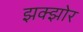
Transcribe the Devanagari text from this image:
झक्झोर